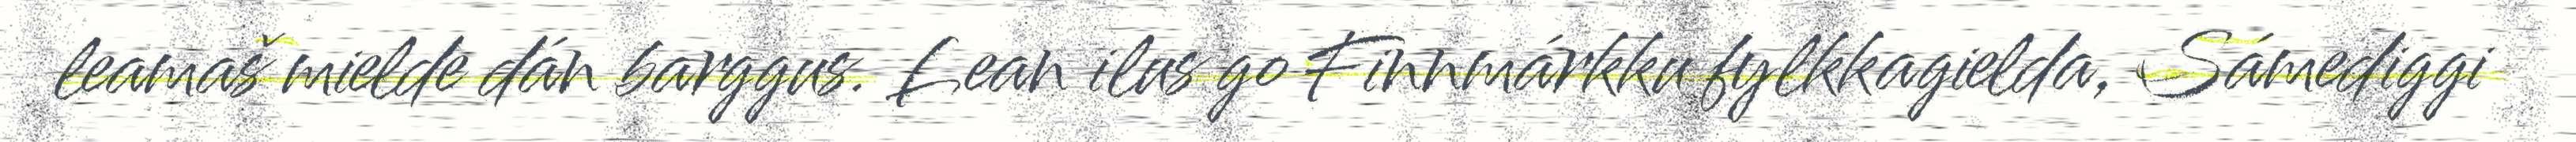
leamaš mielde dán barggus. Lean ilus go Finnmárkku fylkkagielda, Sámediggi